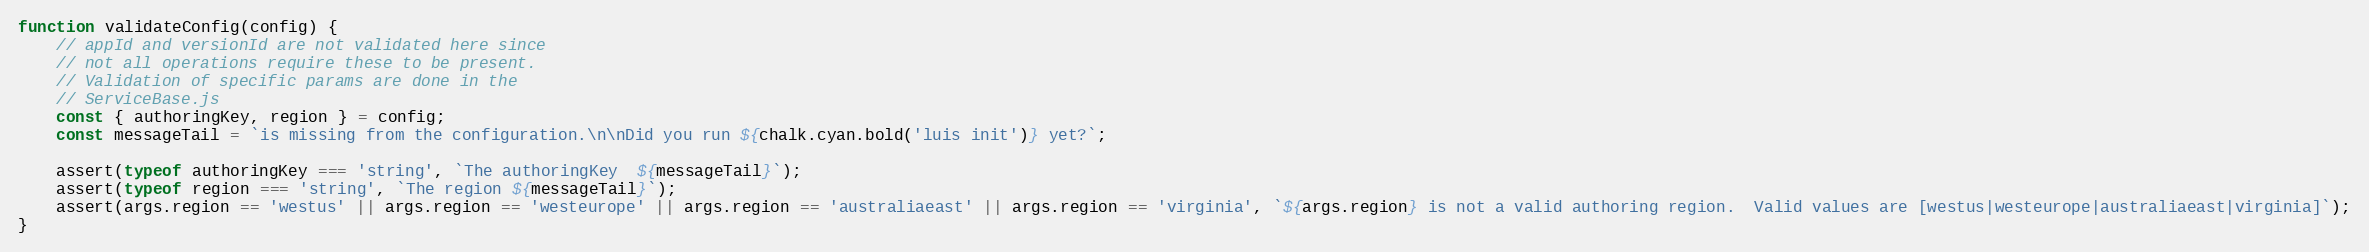
Language: JavaScript
function validateConfig(config) {
    // appId and versionId are not validated here since
    // not all operations require these to be present.
    // Validation of specific params are done in the
    // ServiceBase.js
    const { authoringKey, region } = config;
    const messageTail = `is missing from the configuration.\n\nDid you run ${chalk.cyan.bold('luis init')} yet?`;

    assert(typeof authoringKey === 'string', `The authoringKey  ${messageTail}`);
    assert(typeof region === 'string', `The region ${messageTail}`);
    assert(args.region == 'westus' || args.region == 'westeurope' || args.region == 'australiaeast' || args.region == 'virginia', `${args.region} is not a valid authoring region.  Valid values are [westus|westeurope|australiaeast|virginia]`);
}